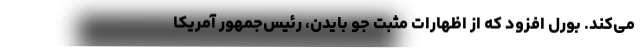
می‌کند. بورل افزود كه از اظهارات مثبت جو بایدن، رئیس‌جمهور آمریكا